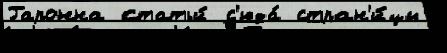
Гаронна статьи́ с'юда́ стран'и́цы